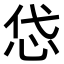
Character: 𢘋